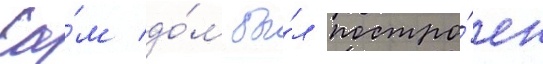
Са́м до́м бы́л постро́ен